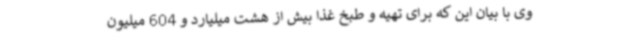
وی با بیان این که برای تهیه و طبخ غذا بیش از هشت میلیارد و 604 میلیون